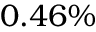
0 . 4 6 \%